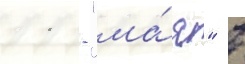
11 - "ма́я" в